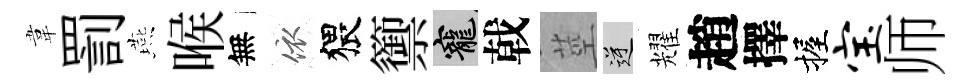
韋罰燕喉無依猥籞寵戟莖逆耀趙擇握宝师